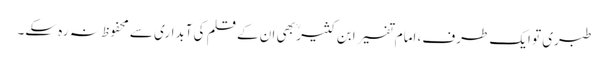
طبری تو ایک طرف، امام تفسیر ابن کثیر ؒ بھی ان کے قلم کی آبداری سے محفوظ نہ رہ سکے۔